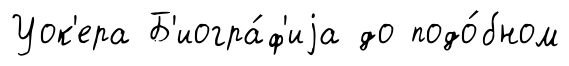
Уок'ера Б'иогра́ф'иjа до подо́бном